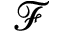
\mathcal { F }